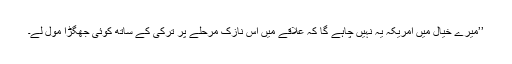
’’میرے خیال میں امریکہ یہ نہیں چاہے گا کہ علاقے میں اس نازک مرحلے پر ترکی کے ساتھ کوئی جھگڑا مول لے۔